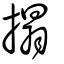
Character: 搨